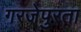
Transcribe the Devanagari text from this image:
गरजेपुरता